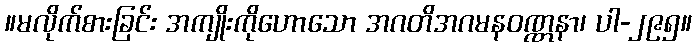
။မလိုက်စားခြင်း အကျိုးကိုဟောသော အဂတိအဂမနဝဏ္ဏနာ၊ ပါ-၂၉၅။